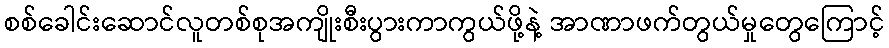
စစ်ခေါင်းဆောင်လူတစ်စုအကျိုးစီးပွားကာကွယ်ဖို့နဲ့ အာဏာဖက်တွယ်မှုတွေကြောင့်